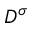
D ^ { \sigma }